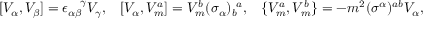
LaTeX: [ V _ { \alpha } , V _ { \beta } ] = \epsilon _ { \alpha \beta } ^ { ~ ~ ~ \! \gamma } V _ { \gamma } , \; \; \; [ V _ { \alpha } , V _ { m } ^ { a } ] = V _ { m } ^ { b } ( \sigma _ { \alpha } ) _ { b } ^ { ~ a } , \; \; \; \{ V _ { m } ^ { a } , V _ { m } ^ { b } \} = - m ^ { 2 } ( \sigma ^ { \alpha } ) ^ { a b } V _ { \alpha } ,